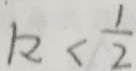
k < \frac { 1 } { 2 }